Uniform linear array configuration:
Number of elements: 12
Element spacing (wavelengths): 1
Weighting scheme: exponential
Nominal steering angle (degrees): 15
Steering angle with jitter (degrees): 13.341
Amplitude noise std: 0.05
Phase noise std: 0.05

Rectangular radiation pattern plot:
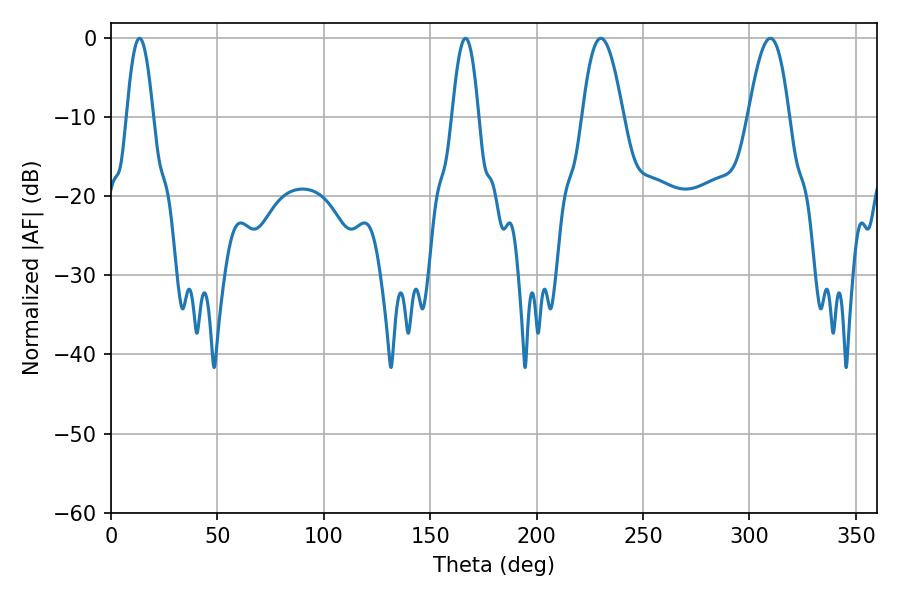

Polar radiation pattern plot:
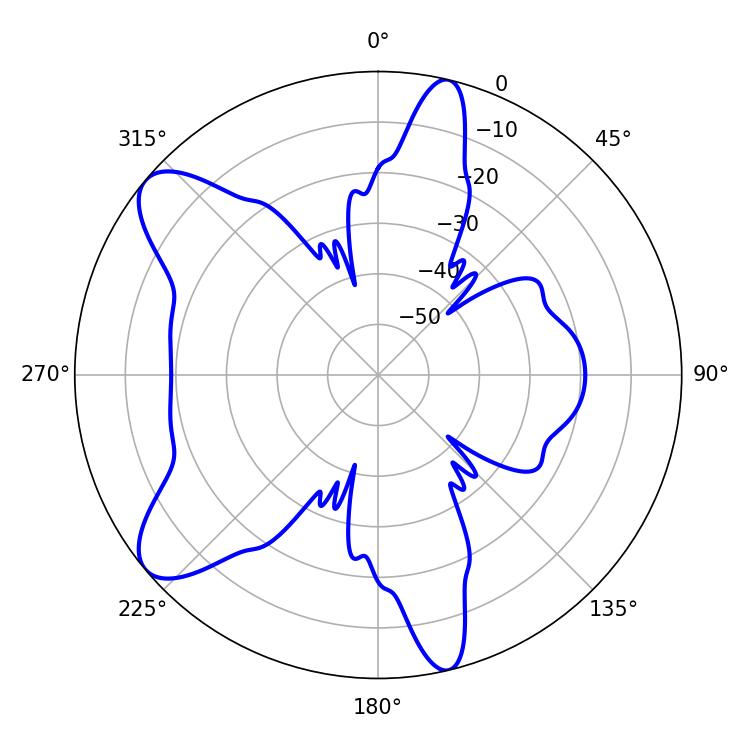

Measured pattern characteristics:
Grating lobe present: TRUE
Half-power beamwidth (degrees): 10.44
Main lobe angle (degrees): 309.78